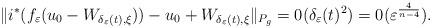
LaTeX: \begin{align*}\| i^\ast (f_\varepsilon(u_0-W_{\delta_\varepsilon (t),\xi}))-u_0+W_{\delta_\varepsilon (t),\xi} \|_{P_g} =0( \delta_\varepsilon (t)^2)=0( \varepsilon^{\frac{4}{n-4}}).\end{align*}